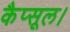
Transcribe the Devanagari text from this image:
कैप्सूल।